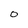
Character: O